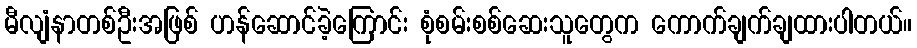
မီလျံနာတစ်ဦးအဖြစ် ဟန်ဆောင်ခဲ့ကြောင်း စုံစမ်းစစ်ဆေးသူတွေက ကောက်ချက်ချထားပါတယ်။